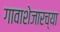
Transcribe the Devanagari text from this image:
गावाशेजारच्या